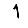
Digit: 1